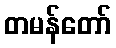
တမန်တော်